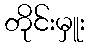
တိုင်းမှူး